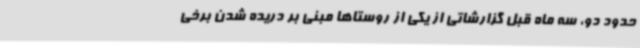
حدود دو، سه ماه قبل گزارشاتی از یکی از روستاها مبنی بر دریده شدن برخی